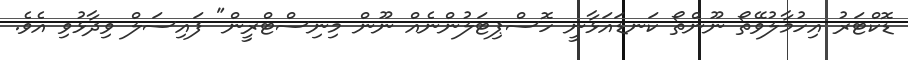
ޑޮކްޓަރު އިހުމާލުވޭތޯ ނޫންތޯ ކަނޑައަޅާނީ ހޮސްޕިޓަލުންނެއް ނޫން މިނިސްޓްރީން" ފައިސަލް ވިދާޅުވި އެވެ.